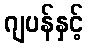
ဂျပန်နှင့်